Report on sanitation, dispensaries, and jails in Rajputana for 1915, and on vaccination for the year 1915-1916 - 1915-1916
Year: 1915
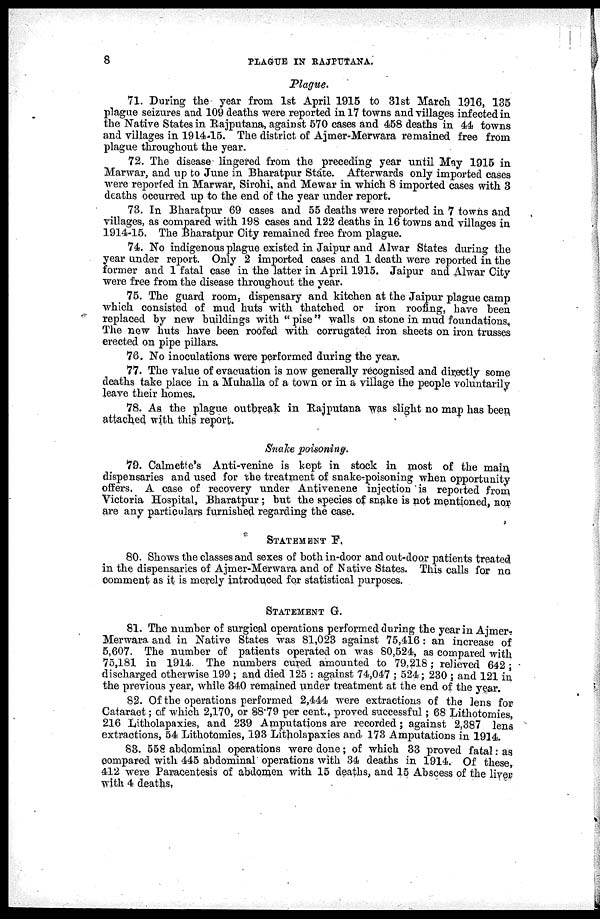
8
PLAGUE IN RAJPUTANA.
Plague.
71. During the year from 1st April 1915 to 31st March 1916, 135
plague seizures and 109 deaths were reported in 17 towns and villages infected in
the Native States in Rajputana, against 570 cases and 458 deaths in 44 towns
and villages in 1914-15. The district of Ajmer-Merwara remained free from
plague throughout the year.
72. The disease lingered from the preceding year until May 1915 in
Marwar, and up to June in Bharatpur State. Afterwards only imported cases
were reported in Marwar, Sirohi, and Mewar in which 8 imported cases with 3
deaths occurred up to the end of the year under report.
73. In Bharatpur 69 cases and 55 deaths were reported in 7 towns and
villages, as compared with 198 cases and 122 deaths in 16 towns and villages in
1914-15. The Bharatpur City remained free from plague.
74. No indigenous plague existed in Jaipur and Alwar States during the
year under report. Only 2 imported cases and 1 death were reported in the
former and 1 fatal case in the latter in April 1915. Jaipur and Alwar City
were free from the disease throughout the year.
75. The guard room, dispensary and kitchen at the Jaipur plague camp
which consisted of mud huts with thatched or iron roofing, have been
replaced by new buildings with "pise" walls on stone in mud foundations.
The new huts have been roofed with corrugated iron sheets on iron trusses
erected on pipe pillars.
76. No inoculations were performed during the year.
77. The value of evacuation is now generally recognised and directly some
deaths take place in a Muhalla of a town or in a village the people voluntarily
leave their homes.
78. As the plague outbreak in Rajputana was slight no map has been
attached with this report.
Snake poisoning.
79. Calmette's Anti-venine is kept in stock in most of the main
dispensaries and used for the treatment of snake-poisoning when opportunity
offers. A case of recovery under Antivenene injection is reported from
Victoria Hospital, Bharatpur; but the species of snake is not mentioned, nor
are any particulars furnished regarding the case.
STATEMENT F.
80. Shows the classes and sexes of both in-door and out-door patients treated
in the dispensaries of Ajmer-Merwara and of Native States. This calls for no
comment as it is merely introduced for statistical purposes.
STATEMENT G.
81. The number of surgical operations performed during the year in Ajmer-
Merwara and in Native States was 81,023 against 75,416 : an increase of
5,607. The number of patients operated on was 80,524, as compared with
75,181 in 1914. The numbers cured amounted to 79,218; relieved 642;
discharged otherwise 199 ; and died 125 : against 74,047 ; 524; 230 ; and 121 in
the previous year, while 340 remained under treatment at the end of the year.
82. Of the operations performed 2,444 were extractions of the lens for
Cataract; of which 2,170, or 88.79 per cent., proved successful; 68 Lithotomies,
216 Litholapaxies, and 239 Amputations are recorded; against 2,387 lens
extractions, 54 Lithotomies, 193 Litholapaxies and 173 Amputations in 1914.
83. 558 abdominal operations were done; of which 33 proved fatal: as
compared with 445 abdominal operations with 34 deaths in 1914. Of these,
412 were Paracentesis of abdomen with 15 deaths, and 15 Abscess of the liver
with 4 deaths.